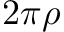
2 \pi \rho